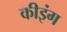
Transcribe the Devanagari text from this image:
कीइंग